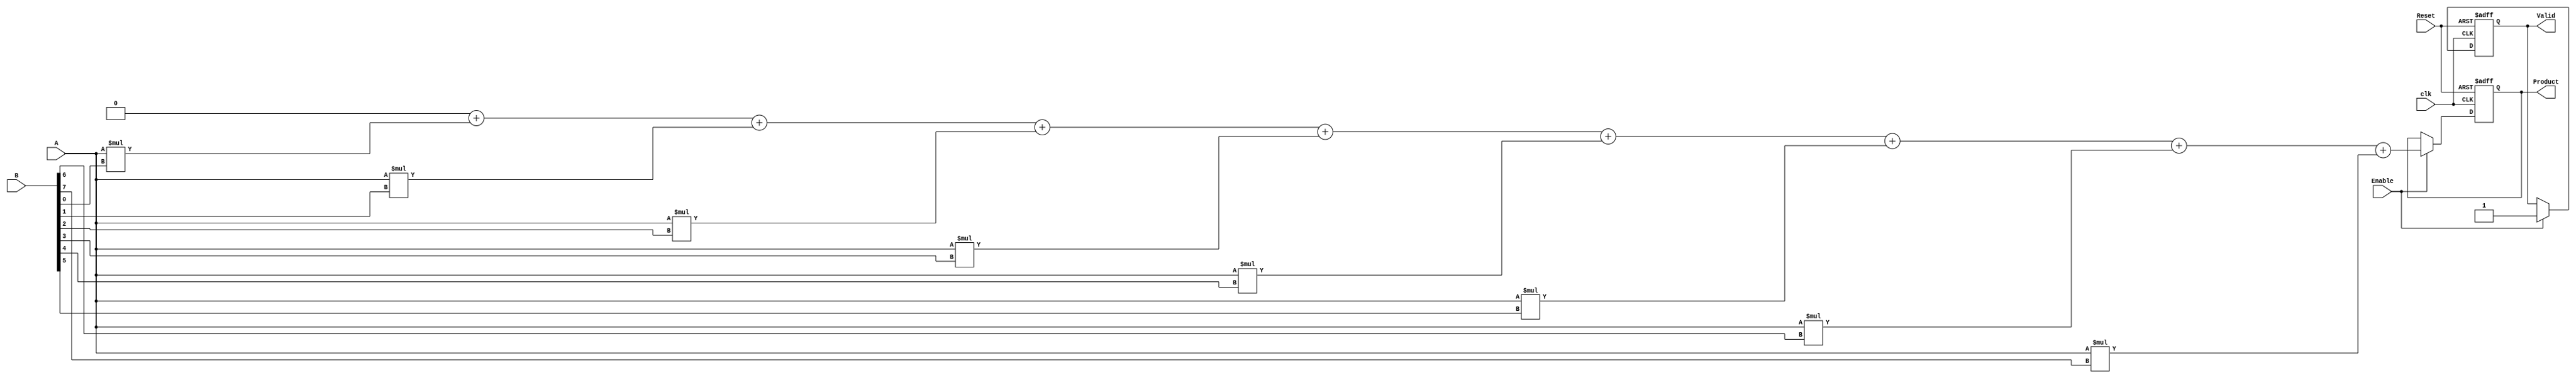
module PartialProductAccumulator #(
    parameter N = 8, // Width of operand A
    parameter M = 8  // Width of operand B
)(
    input  wire [N-1:0] A,        // Operand 1 (multiplicand)
    input  wire [M-1:0] B,        // Operand 2 (multiplier)
    input  wire Enable,            // Enable signal for accumulation
    input  wire Reset,             // Asynchronous reset
    input  wire clk,               // Clock signal
    output reg [(N + M - 1):0] Product, // Final product output
    output reg Valid               // Output valid signal
);

    reg [(N + M - 1):0] partial_products [0:M-1]; // Array to store partial products
    reg [(N + M - 1):0] sum;                        // Accumulator for summation
    integer i;

    // Partial Product Generation
    always @(*) begin
        for (i = 0; i < M; i = i + 1) begin
            partial_products[i] = A * B[i]; // Generate partial product
        end
    end

    // Adder Tree and Accumulation
    always @(posedge clk or posedge Reset) begin
        if (Reset) begin
            Product <= 0; // Clear product on reset
            Valid <= 0;   // Invalidate output
        end else if (Enable) begin
            sum = 0; // Reset sum for accumulation
            for (i = 0; i < M; i = i + 1) begin
                sum = sum + partial_products[i]; // Sum partial products
            end
            Product <= sum; // Update product
            Valid <= 1;     // Indicate valid output
        end
    end

endmodule